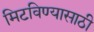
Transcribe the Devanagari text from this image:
मिटविण्यासाठी